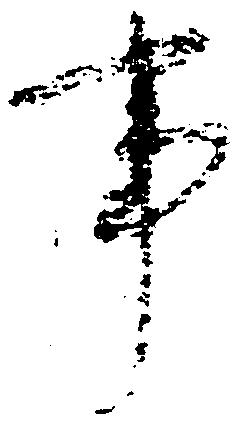
事